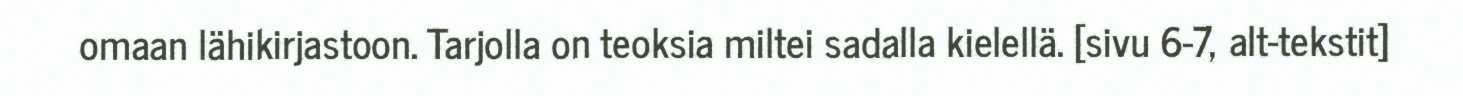
omaan lähikirjastoon. Tarjolla on teoksia miltei sadalla kielellä. [sivu 6-7, alt-tekstit]